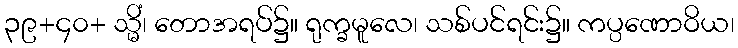
၃၉+၄၀+ သ္မိံ၊ တောအရပ်၌။ ရုက္ခမူလေ၊ သစ်ပင်ရင်း၌။ ကပ္ပဏောဝိယ၊